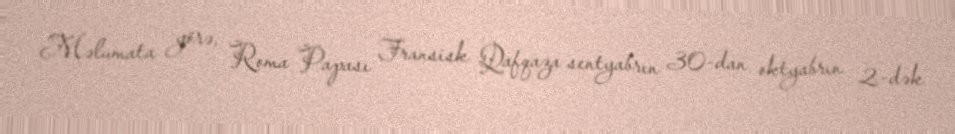
Məlumata görə, Roma Papası Fransisk Qafqaza sentyabrın 30-dan oktyabrın 2-dək